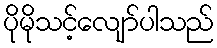
ပိုမိုသင့်လျော်ပါသည်